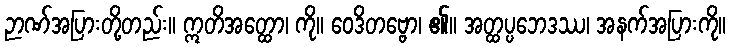
ဉာဏ်အပြားတို့တည်း။ ဣတိအတ္ထော၊ ကို။ ဝေဒိတဗ္ဗော၊ ၏။ အတ္ထပ္ပဘေဒဿ၊ အနက်အပြားကို။